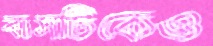
বাসটিকেও